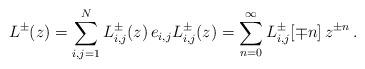
LaTeX: \begin{align*}L^{\pm}(z)=\sum_{i,j=1}^N L_{i,j}^{\pm}(z) \, e_{i,j} L_{i,j}^{\pm}(z) = \sum_{n=0}^{\infty} L_{i,j}^{\pm}[\mp n] \, z^{\pm n} \,.\end{align*}